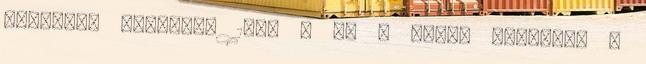
hektáros birtokát 1847 . Ez a park, amelyben a